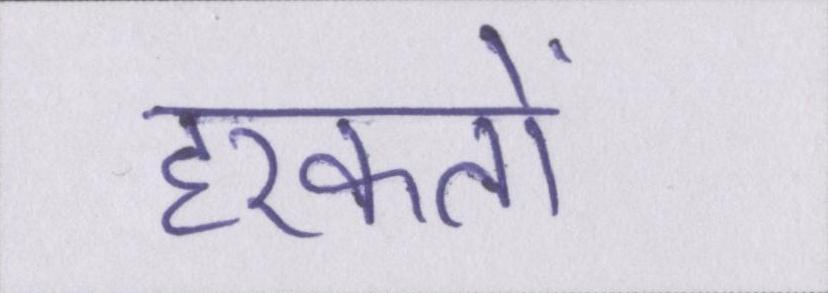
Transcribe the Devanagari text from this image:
हरकतों